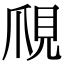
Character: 𧠙